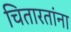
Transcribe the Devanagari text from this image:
चितारतांना